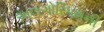
અલગોરિધમની